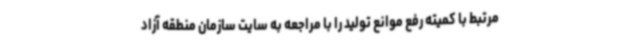
مرتبط با کمیته رفع موانع تولید را با مراجعه به سایت سازمان منطقه آزاد